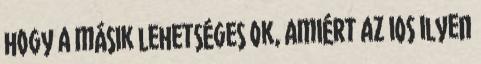
hogy a másik lehetséges ok, amiért az iOS ilyen